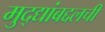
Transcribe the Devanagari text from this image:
मुद्द्यांबद्दलची